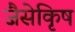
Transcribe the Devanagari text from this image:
जैसेकृिष